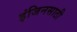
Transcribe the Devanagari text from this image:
इंजिनसाठी